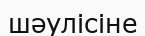
шәулісіне